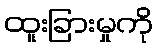
ထူးခြားမှုကို